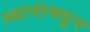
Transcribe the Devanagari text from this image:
स्थानांमधून